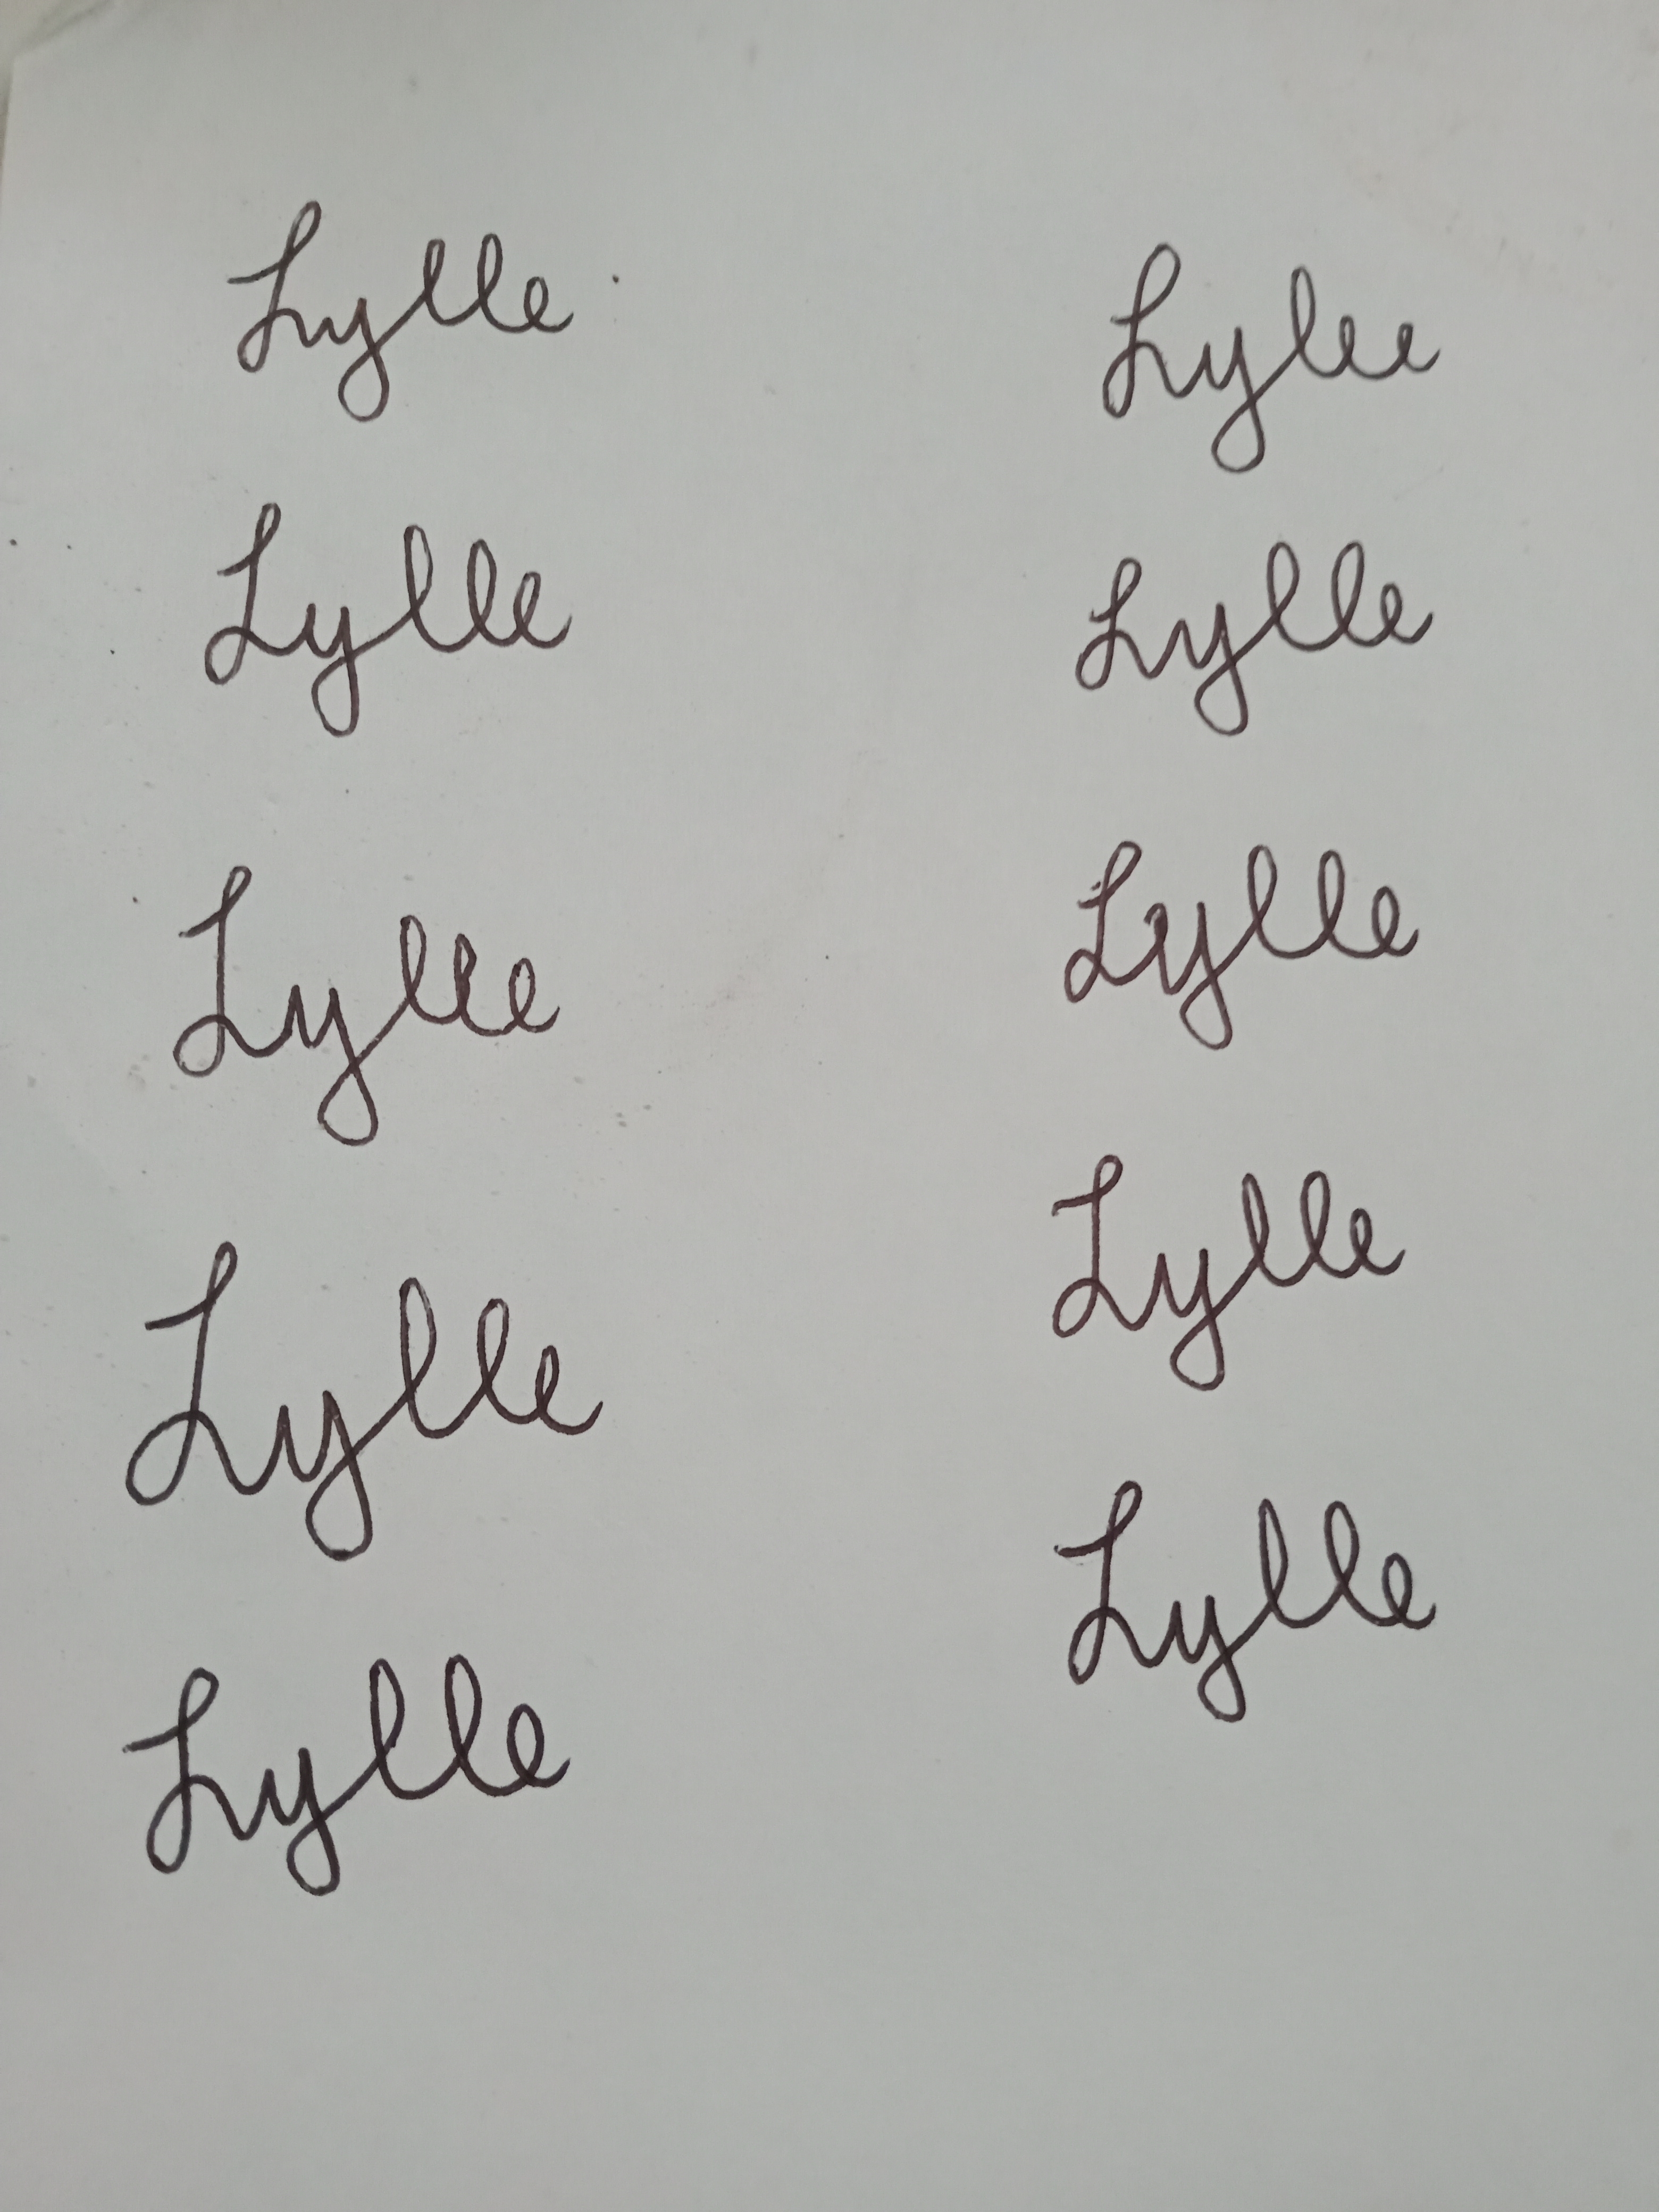
Signature authenticity: genuine